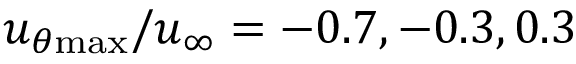
u _ { \theta \mathrm { { m a x } } } / u _ { \infty } = - 0 . 7 , - 0 . 3 , 0 . 3